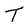
Character: T